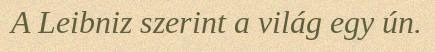
A Leibniz szerint a világ egy ún.